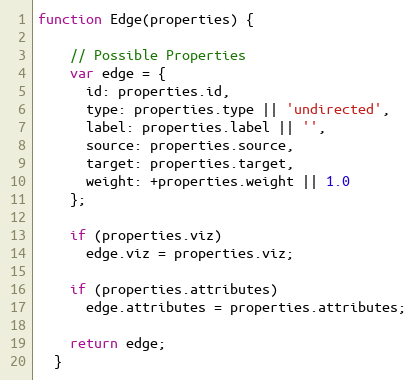
Language: JavaScript
function Edge(properties) {

    // Possible Properties
    var edge = {
      id: properties.id,
      type: properties.type || 'undirected',
      label: properties.label || '',
      source: properties.source,
      target: properties.target,
      weight: +properties.weight || 1.0
    };

    if (properties.viz)
      edge.viz = properties.viz;

    if (properties.attributes)
      edge.attributes = properties.attributes;

    return edge;
  }